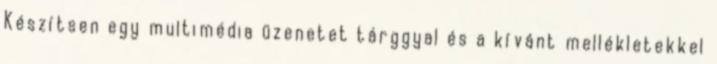
Készítsen egy multimédia üzenetet tárggyal és a kívánt mellékletekkel